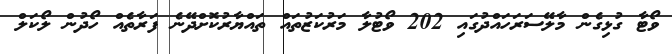
ވޯޓާ ގުޅިގެން މާލޭސަރަހައްދުގައި 202 ވޯޓުލާ މަރުކަޒުތައް ތައްޔާރުކޮށްދޭނެ ފަރާތެއް ހޯދުން ލޯކަލް